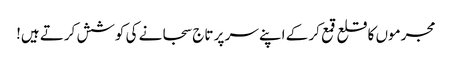
مجرموں کا قلع قمع کر کے اپنے سر پر تاج سجانے کی کوشش کرتے ہیں!